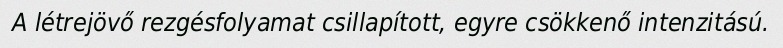
A létrejövő rezgésfolyamat csillapított, egyre csökkenő intenzitású.